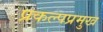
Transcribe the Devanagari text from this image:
प्रकल्पप्रमुख